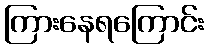
ကြားနေရကြောင်း